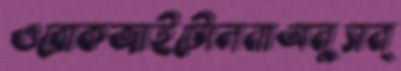
ওরোকজাইটোলনাঅনুসন্